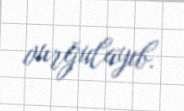
vurğulayıb.